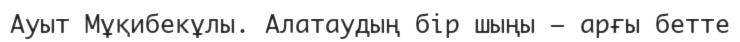
Ауыт Мұқибекұлы. Алатаудың бір шыңы – арғы бетте